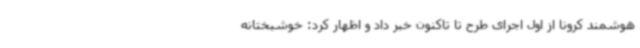
هوشمند کرونا از اول اجرای طرح تا تاکنون خبر داد و اظهار کرد: خوشبختانه